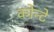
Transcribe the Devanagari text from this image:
कोन्टे